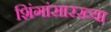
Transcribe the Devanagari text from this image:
शिंगांसारख्या